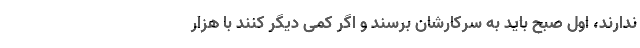
ندارند، اول صبح باید به سرکارشان برسند و اگر کمی دیگر کنند با هزار